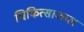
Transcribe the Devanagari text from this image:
चिकित्साकाल